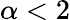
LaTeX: \alpha<2